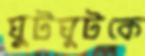
ঘুটঘুটকে